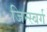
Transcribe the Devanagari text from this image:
जिन्स्बर्ग